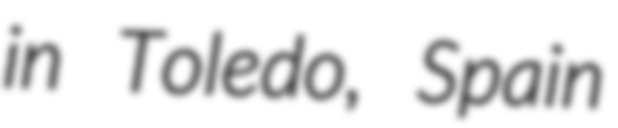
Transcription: in Toledo, Spain